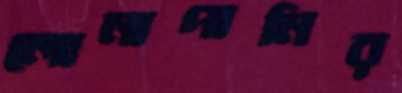
লোনাপানির